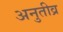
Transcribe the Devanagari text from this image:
अनुतीव्र